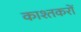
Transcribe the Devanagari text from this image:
काश्तकरों